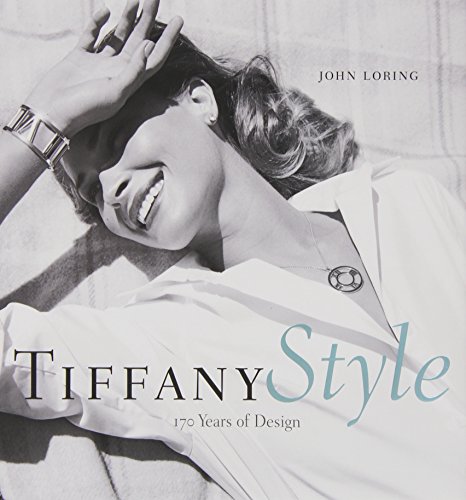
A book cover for Tiffany Style: 170 Years of Design; John Loring; Crafts, Hobbies & Home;